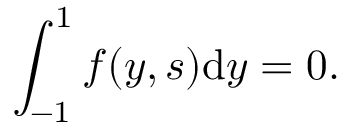
\int _ { - 1 } ^ { 1 } f ( y , s ) \mathrm { d } y = 0 .